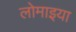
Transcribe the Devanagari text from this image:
लोमाइया